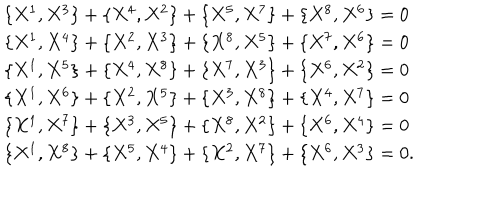
LaTeX: \begin{array} { l c r } { { \{ X ^ { 1 } , X ^ { 3 } \} + \{ X ^ { 4 } , X ^ { 2 } \} + \{ X ^ { 5 } , X ^ { 7 } \} + \{ X ^ { 8 } , X ^ { 6 } \} = 0 } } \\ { { \{ X ^ { 1 } , X ^ { 4 } \} + \{ X ^ { 2 } , X ^ { 3 } \} + \{ X ^ { 8 } , X ^ { 5 } \} + \{ X ^ { 7 } , X ^ { 6 } \} = 0 } } \\ { { \{ X ^ { 1 } , X ^ { 5 } \} + \{ X ^ { 4 } , X ^ { 8 } \} + \{ X ^ { 7 } , X ^ { 3 } \} + \{ X ^ { 6 } , X ^ { 2 } \} = 0 } } \\ { { \{ X ^ { 1 } , X ^ { 6 } \} + \{ X ^ { 2 } , X ^ { 5 } \} + \{ X ^ { 3 } , X ^ { 8 } \} + \{ X ^ { 4 } , X ^ { 7 } \} = 0 } } \\ { { \{ X ^ { 1 } , X ^ { 7 } \} + \{ X ^ { 3 } , X ^ { 5 } \} + \{ X ^ { 8 } , X ^ { 2 } \} + \{ X ^ { 6 } , X ^ { 4 } \} = 0 } } \\ { { \{ X ^ { 1 } , X ^ { 8 } \} + \{ X ^ { 5 } , X ^ { 4 } \} + \{ X ^ { 2 } , X ^ { 7 } \} + \{ X ^ { 6 } , X ^ { 3 } \} = 0 . } } \\ \end{array}